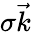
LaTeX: \sigma\vec{k}